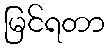
မြင်ရတာ